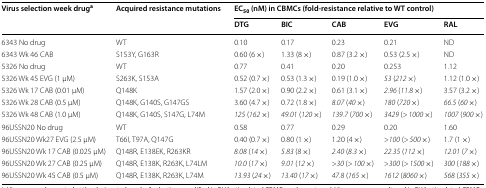
<table><thead><tr><td rowspan="2"><b>Virus selection week drug<sup>a</sup></b></td><td rowspan="2"><b>Acquired resistance mutations</b></td><td colspan="5"><b>EC<sub>50</sub> (nM) in CBMCs (fold-resistance relative to WT control)</b></td></tr><tr><td><b>DTG</b></td><td><b>BIC</b></td><td><b>CAB</b></td><td><b>EVG</b></td><td><b>RAL</b></td></tr></thead><tbody><tr><td>6343 No drug</td><td>WT</td><td>0.10</td><td>0.17</td><td>0.23</td><td>0.21</td><td>ND</td></tr><tr><td>6343 Wk 46 CAB</td><td>S153Y, G163R</td><td>0.60 (6 ×)</td><td>1.33 (8 ×)</td><td>0.87 (3.2 ×)</td><td>0.53 (2.5 ×)</td><td>ND</td></tr><tr><td>5326 No drug</td><td>WT</td><td>0.77</td><td>0.41</td><td>0.20</td><td>0.253</td><td>1.12</td></tr><tr><td>5326 Wk 45 EVG (1 μM)</td><td>S263K, S153A</td><td>0.52 (0.7 ×)</td><td>0.53 (1.3 ×)</td><td>0.19 (1.0 ×)</td><td><i>53</i> (<i>212 </i>×)</td><td>1.12 (1.0 ×)</td></tr><tr><td>5326 Wk 17 CAB (0.01 μM)</td><td>Q148K</td><td>1.57 (2.0 ×)</td><td>0.90 (2.2 ×)</td><td>0.61 (3.1 ×)</td><td><i>2.96</i> (<i>11.8 </i>×)</td><td>3.57 (3.2 ×)</td></tr><tr><td>5326 Wk 28 CAB (0.5 μM)</td><td>Q148K, G140S, G147GS</td><td>3.60 (4.7 ×)</td><td>0.72 (1.8 ×)</td><td><i>8.07</i> (<i>40 </i>×)</td><td><i>180</i> (<i>720 </i>×)</td><td><i>66.5</i> (<i>60 </i>×)</td></tr><tr><td>5326 Wk 48 CAB (1.0 μM)</td><td>Q148K, G140S, S147G, L74M</td><td><i>125</i> (<i>162 </i>×)</td><td><i>49.01</i> (<i>120 </i>×)</td><td><i>139.7</i> (<i>700 </i>×)</td><td><i>3429</i> (&gt; <i>1000 </i>×)</td><td><i>1007</i> (<i>900 </i>×)</td></tr><tr><td>96USSN20 No drug</td><td>WT</td><td>0.58</td><td>0.77</td><td>0.29</td><td>0.20</td><td>1.60</td></tr><tr><td>96USSN20 Wk27 EVG (2.5 μM)</td><td>T66I, T97A, Q147G</td><td>0.40 (0.7 ×)</td><td>0.80 (1 ×)</td><td>1.20 (4 ×)</td><td>&gt;<i>100</i> (&gt; <i>500 </i>×)</td><td>1.7 (1 ×)</td></tr><tr><td>96USSN20 Wk 17 CAB (0.025 μM)</td><td>Q148R, E138EK, R263KR</td><td><i>8.08</i> (<i>14 </i>×)</td><td><i>5.83</i> (<i>8 </i>×)</td><td><i>2.40</i> (<i>8.3 </i>×)</td><td><i>22.35</i> (<i>112 </i>×)</td><td><i>12.01</i> (<i>7 </i>×)</td></tr><tr><td>96USSN20 Wk 27 CAB (0.25 μM)</td><td>Q148R, E138K, R263K, L74LM</td><td><i>10.0</i> (<i>17 </i>×)</td><td><i>9.01</i> (<i>12 </i>×)</td><td>&gt;<i>30</i> (&gt; <i>100 </i>×)</td><td>&gt;<i>300</i> (&gt; <i>1500 </i>×)</td><td><i>300</i> (<i>188 </i>×)</td></tr><tr><td>96USSN20 Wk 45 CAB (0.5 μM)</td><td>Q148R, E138K, R263K, L74M</td><td><i>13.93</i> (<i>24 </i>×)</td><td><i>13.40</i> (<i>17 </i>×)</td><td><i>47.8</i> (<i>165 </i>×)</td><td><i>1612</i> (<i>8060 </i>×)</td><td><i>568</i> (<i>355 </i>×)</td></tr></tbody></table>